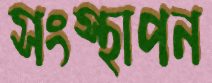
সংস্থাপন